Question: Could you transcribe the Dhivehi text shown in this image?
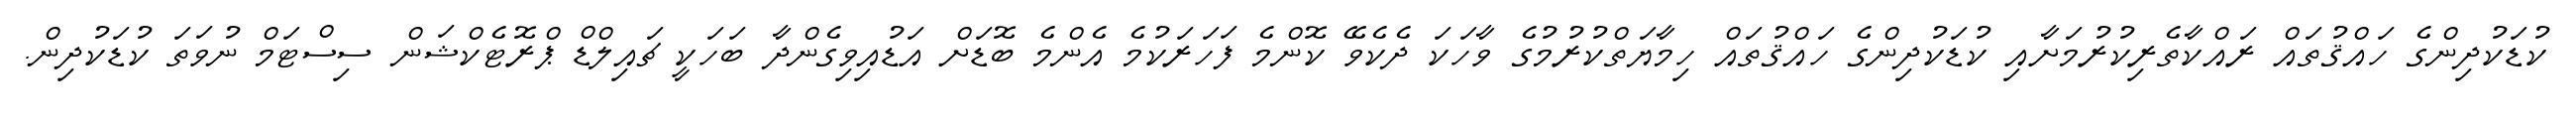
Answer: ކުޑަކުދިންގެ ހައްޤުތައް ރައްކާތެރިކުރުމަށާއި ކުޑަކުދިންގެ ހައްޤުތައް ހިމާޔަތްކުރުމުގެ ވާހަކަ ދެކެވޭ ކޮންމެ ފަހަރަކުމެ އެންމެ ބޮޑަށް އަޑުއިވިގެންދާ ބަހަކީ ޗައިލްޑް ޕްރޮޓެކްޝަން ސިސްޓަމް ނުވަތަ ކުޑަކުދިން.